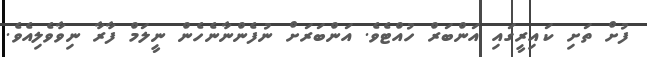
ފުށް ތަށި ކައިރީގައި އަންބަރް ހުއްޓެވެ. އަންބަރަށް ނުފެންނާނެހެން ނީލަމް ފާރާ ނިވާވެލިއެވެ.